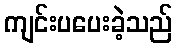
ကျင်းပပေးခဲ့သည်